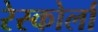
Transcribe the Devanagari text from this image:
रेस्कोर्ला